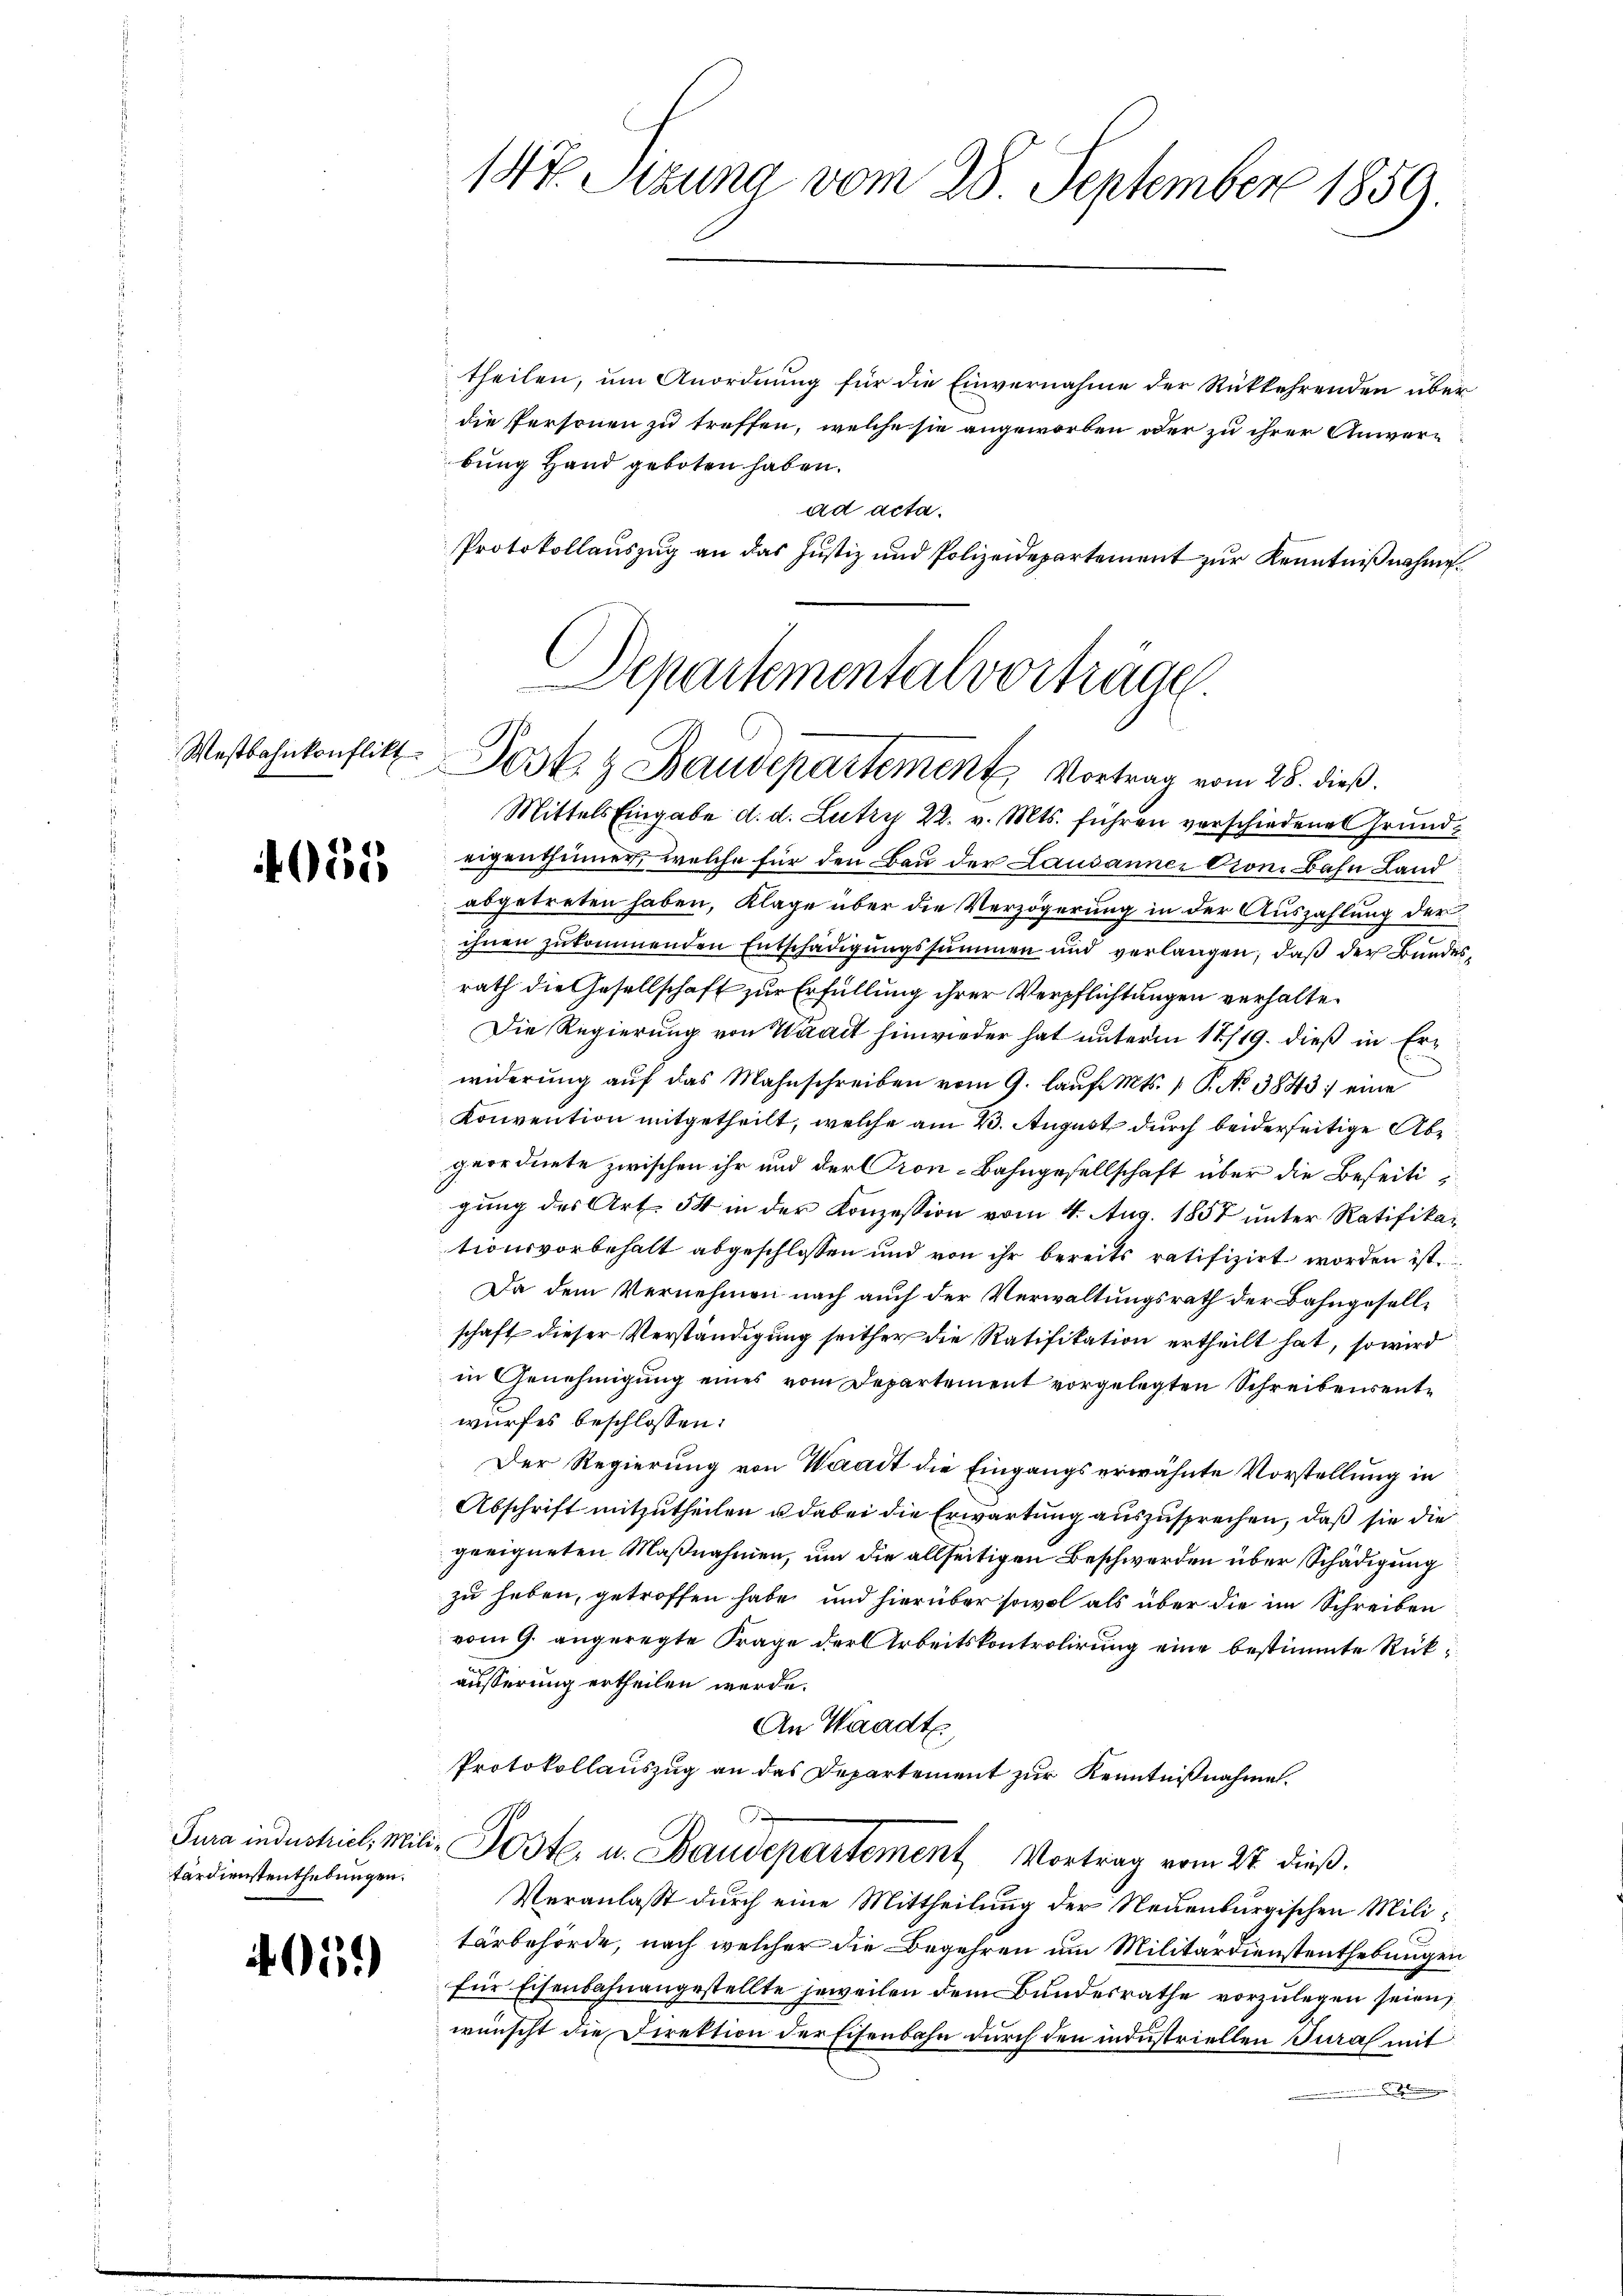
Westbahnkonflikt

4055

tärdienstenthebungen.

405.

theilen, um Anordnung für die Einvernahme der Rückkehrenden über
die Personen zu treffen, welche sie angeworben oder zu ihrer Anverbung Hand geboten haben.
ad acta.
Protokollauszug an das Justiz und Polizeidepartement zur Kenntnißnahme.
Departemental vortragen.

1t. Sitzung vom 28. September 1859.

Jost & Baudepartement Vortrag vom 28. dieß.

Mittels Eingabe d. d. Lutry 22. v. Mts. führen verschiedene Grundeigenthümer, welche für den Bau der Lausanner Cron. Bahn Land
abgetreten haben, Klage über die Verzögerung in der Auszahlung der
ihnen zukommenden Entschädigungssummen und verlangen, daß der Bundesrath die Gesellschaft zur Erfüllung ihrer Verpflichtungen verhalte
Die Regierung von Waadt hinwieder hat unterm 17/19. dieß in Erwiderung auf das Mahnschreiben vom 9. laŭf. Mts. 1 S. No 3843 eine
Konvention mitgetheilt, welche am 23. August durch beiderseitige Abe
geordnete zwischen ihr und der Pron-Bahngesellschaft über die Beseitigung des Art. 54 in der Konzession vom 4. Aug. 1857 unter Ratifikationsvorbehalt abgeschlossen und von ihr bereits ratifizirt worden ist.
Da dem Vernehmen nach auch der Verwaltungsrath der Bahngesellschaft dieser Verständigung seither die Ratifikation ertheilt hat, so wird
in Genehmigung eines vom Departement vorgelegten Schreibensentwurfes beschlossen:
Der Regierung von Waadt die Eingangs erwähnte Vorstellung in
Abschrift mitzutheilen u dabei die Erwartung auszusprechen, daß sie die
geeigneten Maßnahmen, um die allseitigen Beschwerden über Schädigung
zu haben, getroffen habe, und hierüber sowol als über die im Schreiben
vom 9. angeregte Frage der Arbeitskontrolirung eine bestimmte Rükäusserung ertheilen werde.
An Waadt
Protokollauszug an das Departement zur Kenntnißnahme.
Jura industriel, Mili-Poste, u. Baudepartement Vortrag vom 27. dieß.
Veranlasst durch eine Mittheilung der Neuenburgischen Militärbehörde, nach welcher die Begehren um Militärdienstenthebungen
für Eisenbahnangestellte jeweilen dem Bundesrathe vorzulegen seien;
wünscht die Direktion der Eisenbahn durch den industriellen Jura mit
g